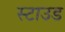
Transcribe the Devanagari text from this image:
स्टाउड